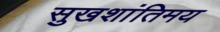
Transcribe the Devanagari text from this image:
सुखशांतिमय